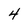
Character: 4